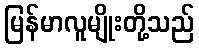
မြန်မာလူမျိုးတို့သည်